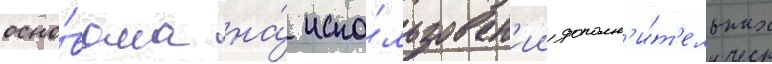
осно́вана на́ испо́льзован'ии дополн'и́т'ельных